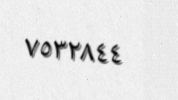
٧٥٣٢٨٤٤